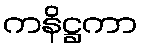
ကနိဋ္ဌကာ